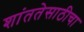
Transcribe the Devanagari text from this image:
शांततेसाठीचा